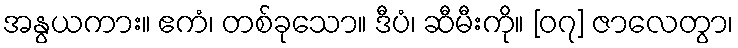
အနွယကား။ ဧကံ၊ တစ်ခုသော။ ဒီပံ၊ ဆီမီးကို။ [၀၇] ဇာလေတွာ၊